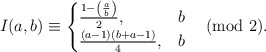
\begin{align*}I(a,b) \equiv \begin{cases}\frac{1-\left( \frac{a}{b} \right)}{2}, & b \\\frac{(a-1)(b+a-1)}{4}, & b\end{cases} \pmod{2}.\end{align*}